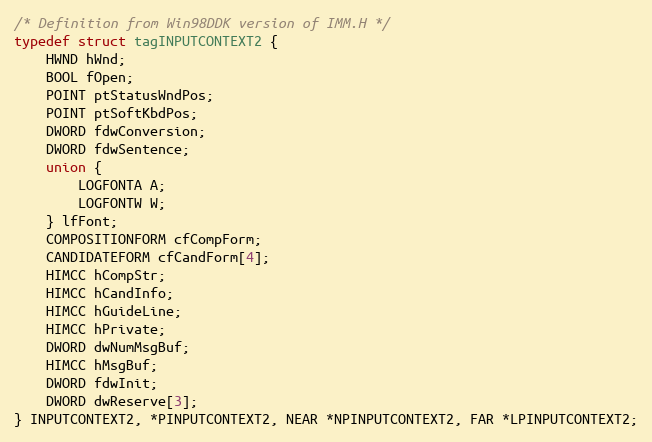
Language: C
/* Definition from Win98DDK version of IMM.H */
typedef struct tagINPUTCONTEXT2 {
    HWND hWnd;
    BOOL fOpen;
    POINT ptStatusWndPos;
    POINT ptSoftKbdPos;
    DWORD fdwConversion;
    DWORD fdwSentence;
    union {
        LOGFONTA A;
        LOGFONTW W;
    } lfFont;
    COMPOSITIONFORM cfCompForm;
    CANDIDATEFORM cfCandForm[4];
    HIMCC hCompStr;
    HIMCC hCandInfo;
    HIMCC hGuideLine;
    HIMCC hPrivate;
    DWORD dwNumMsgBuf;
    HIMCC hMsgBuf;
    DWORD fdwInit;
    DWORD dwReserve[3];
} INPUTCONTEXT2, *PINPUTCONTEXT2, NEAR *NPINPUTCONTEXT2, FAR *LPINPUTCONTEXT2;